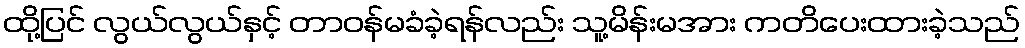
ထို့ပြင် လွယ်လွယ်နှင့် တာဝန်မခံခဲ့ရန်လည်း သူ့မိန်းမအား ကတိပေးထားခဲ့သည်